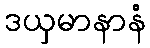
ဒယှမာနာနံ